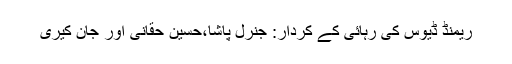
ریمنڈ ڈیوس کی رہائی کے کردار: جنرل پاشا،حسین حقانی اور جان کیری